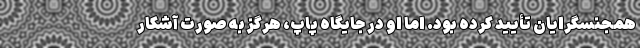
همجنسگرایان تأیید کرده بود. اما او در جایگاه پاپ، هرگز به صورت آشکار